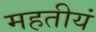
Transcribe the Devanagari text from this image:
महतीयं